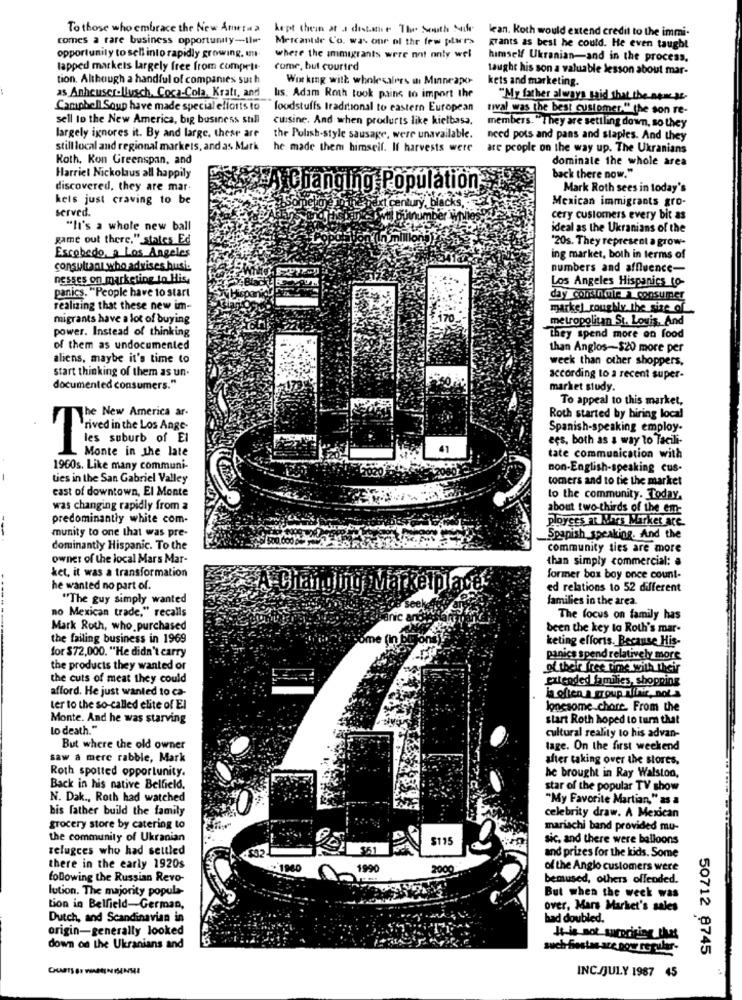
To those who embrace the New Ameta a
kept thein at a distance The South Mife
lean. Koth would extend credit to the immi-
comes a rare business opportunity-1lø-
Mercantile Co. was our ol the few plers
grants as best he could. He even taught
opportunity to sell into rapidly growing. umut
where the immigrants were not only wel
himself Ukranian-and in the process.
lapped markets largely free from compett-
come, but courtrd
taught his son a valuable lesson about mar-
tion. Although a handful of companies sur h
Working with wholesaires an Minneapo-
kets and marketing.
as Anheuser-Wusch, Coca-Cola, Kraft, and
Is. Adam Roth took pains to import the
"My father always said that the name st-
Campbell Soup have made special efforts to
foodstuffs traditional to eastern European
tival was the best customer." the son re-
sell to the New America, big business sull
cuisine. And when products like kielbasa.
members. "They are setiling down, so they
largely ignores it. By and large, these are
the Polish-style sausage, were unavailable.
need pots and pans and staples. And they
still local and regional markets, and as Mark
he made them himself. If harvests were
are people on the way up. The Ukranians
Roth, Kon Greenspan, and
dominate the whole area
Harriet Nickolaus all happily
back there now."
discovered, they are mar.
Changing Population-
Mark Roth sees in today's
kets just craving to be
Mexican immigrants gro-
served.
cery customers every bit as
"Ii's a whole new ball
ideal as the Ukranians of the
game out there,"_states Ed
'20s. They represent a grow-
Escobedo, a Los Angeles
ing market, both in terms of
consultant who advises husi.
numbers and affluence-
nesses on marketing to His.
Los Angeles Hispanics to-
panics. "People have to start
day consinml. consumer
realizing that these new im-
markel roughly the size of
migrants have a lot of buying
metropolitan St. Louis, And
power. Instead of thinking
They spend more on food
of them as undocumented
than Anglos-$20 more per
aliens, maybe it's time to
week than other shoppers,
start thinking of them as un-
according to a recent super-
documented consumers."
market study.
To appeal to this market,
The New America ar-
Roth started by hiring local
rived in the Los Ange-
Spanish-speaking employ-
les suburb of El
ees, both as a way to Tacili-
T
Monte in the late
tate communication with
1960s. Like many communi-
non-English-speaking cus-
Lies in the San Gabriel Valley
tomers and to tie the market
east of downtown, El Monte
to the community. Today.
was changing rapidly from a
about two-thirds of the em-
predominantly white com-
Ployses ar Nincs Market are
munity to one that was pre-
Spapish speaking. And the
dominantly Hispanic. To the
community ties are more
owner of the local Mars Mar-
than simply commercial: a
ket, it was a transformation
former bax boy once count-
he wanted no part of
ed relations to 52 different
"The guy simply wanted
families in the area.
no Mexican trade," recalls
The focus on family has
Mark Roth, who purchased
been the key to Roth's mar-
the failing business in 1969
keting efforts. Because His-
for $72,000. "He didn't carry
panics spend relatively more
the products they wanted or
of their free time with their
the cuts of meat they could
extended families, shopping
afford. He just wanted to ca-
is often a group iniz, nota
ter to the so-called elite of El
lonesome chore. From the
Monte. And he was starving
start Roth hoped to turn that
Lo death."
cultural reality to his advan-
But where the old owner
tage. On the first weekend
saw a mere rabble, Mark
after taking over the stores.
Roth spotted opportunity.
he brought in Ray Walston,
Back in his native Belfield.
star of the popular TV show
N. Dak ., Roth had watched
"My Favorite Martian," as a
his father build the family
celebrity draw. A Mexican
grocery store by catering to
mariachi band provided mu-
the community of Ukranian
$115
sic, and there were balloons
relugces who had settled
and prizes for the kids. Some
there in the early 1920s
-1960
1990
2000
of the Anglo customers were
following the Russian Revo-
bemused, others offended.
lution. The majority popula-
But when the week was
tion in Belfield-German,
over, Mars Market's sales
Dutch, and Scandinavian in
bad doubled.
origin-generally looked
It is not surprising that
down on the Ukranians and
suchr fiestas are pow re fular-
50712 8745
INC/JULY 1987 45